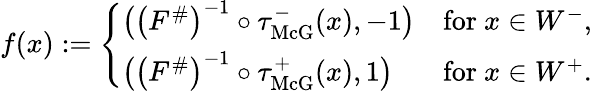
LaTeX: f(x):=\left\{ \begin{array}{ll}{\big(\left(F^{\# }\right)^{-1}\circ\tau_{\operatorname{McG}}^{-}(x),-1\big)}&{\mathrm{for}\ x\in W^{-},}\\ {\big(\left(F^{\# }\right)^{-1}\circ\tau_{\operatorname{McG}}^{+}(x),1\big)}&{\mathrm{for}\ x\in W^{+}.}\end{array}\right.